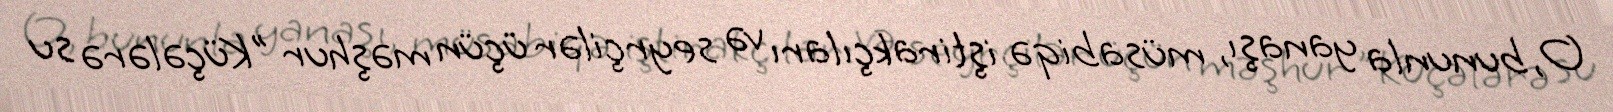
O, bununla yanaşı, müsabiqə iştirakçıları və seyrçilər üçün məşhur "Küçələrə su